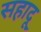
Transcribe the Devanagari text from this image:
सहादू